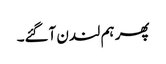
پھر ہم لندن آگئے۔